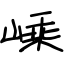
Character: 嵊